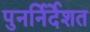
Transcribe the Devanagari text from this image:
पुनर्निर्देशत